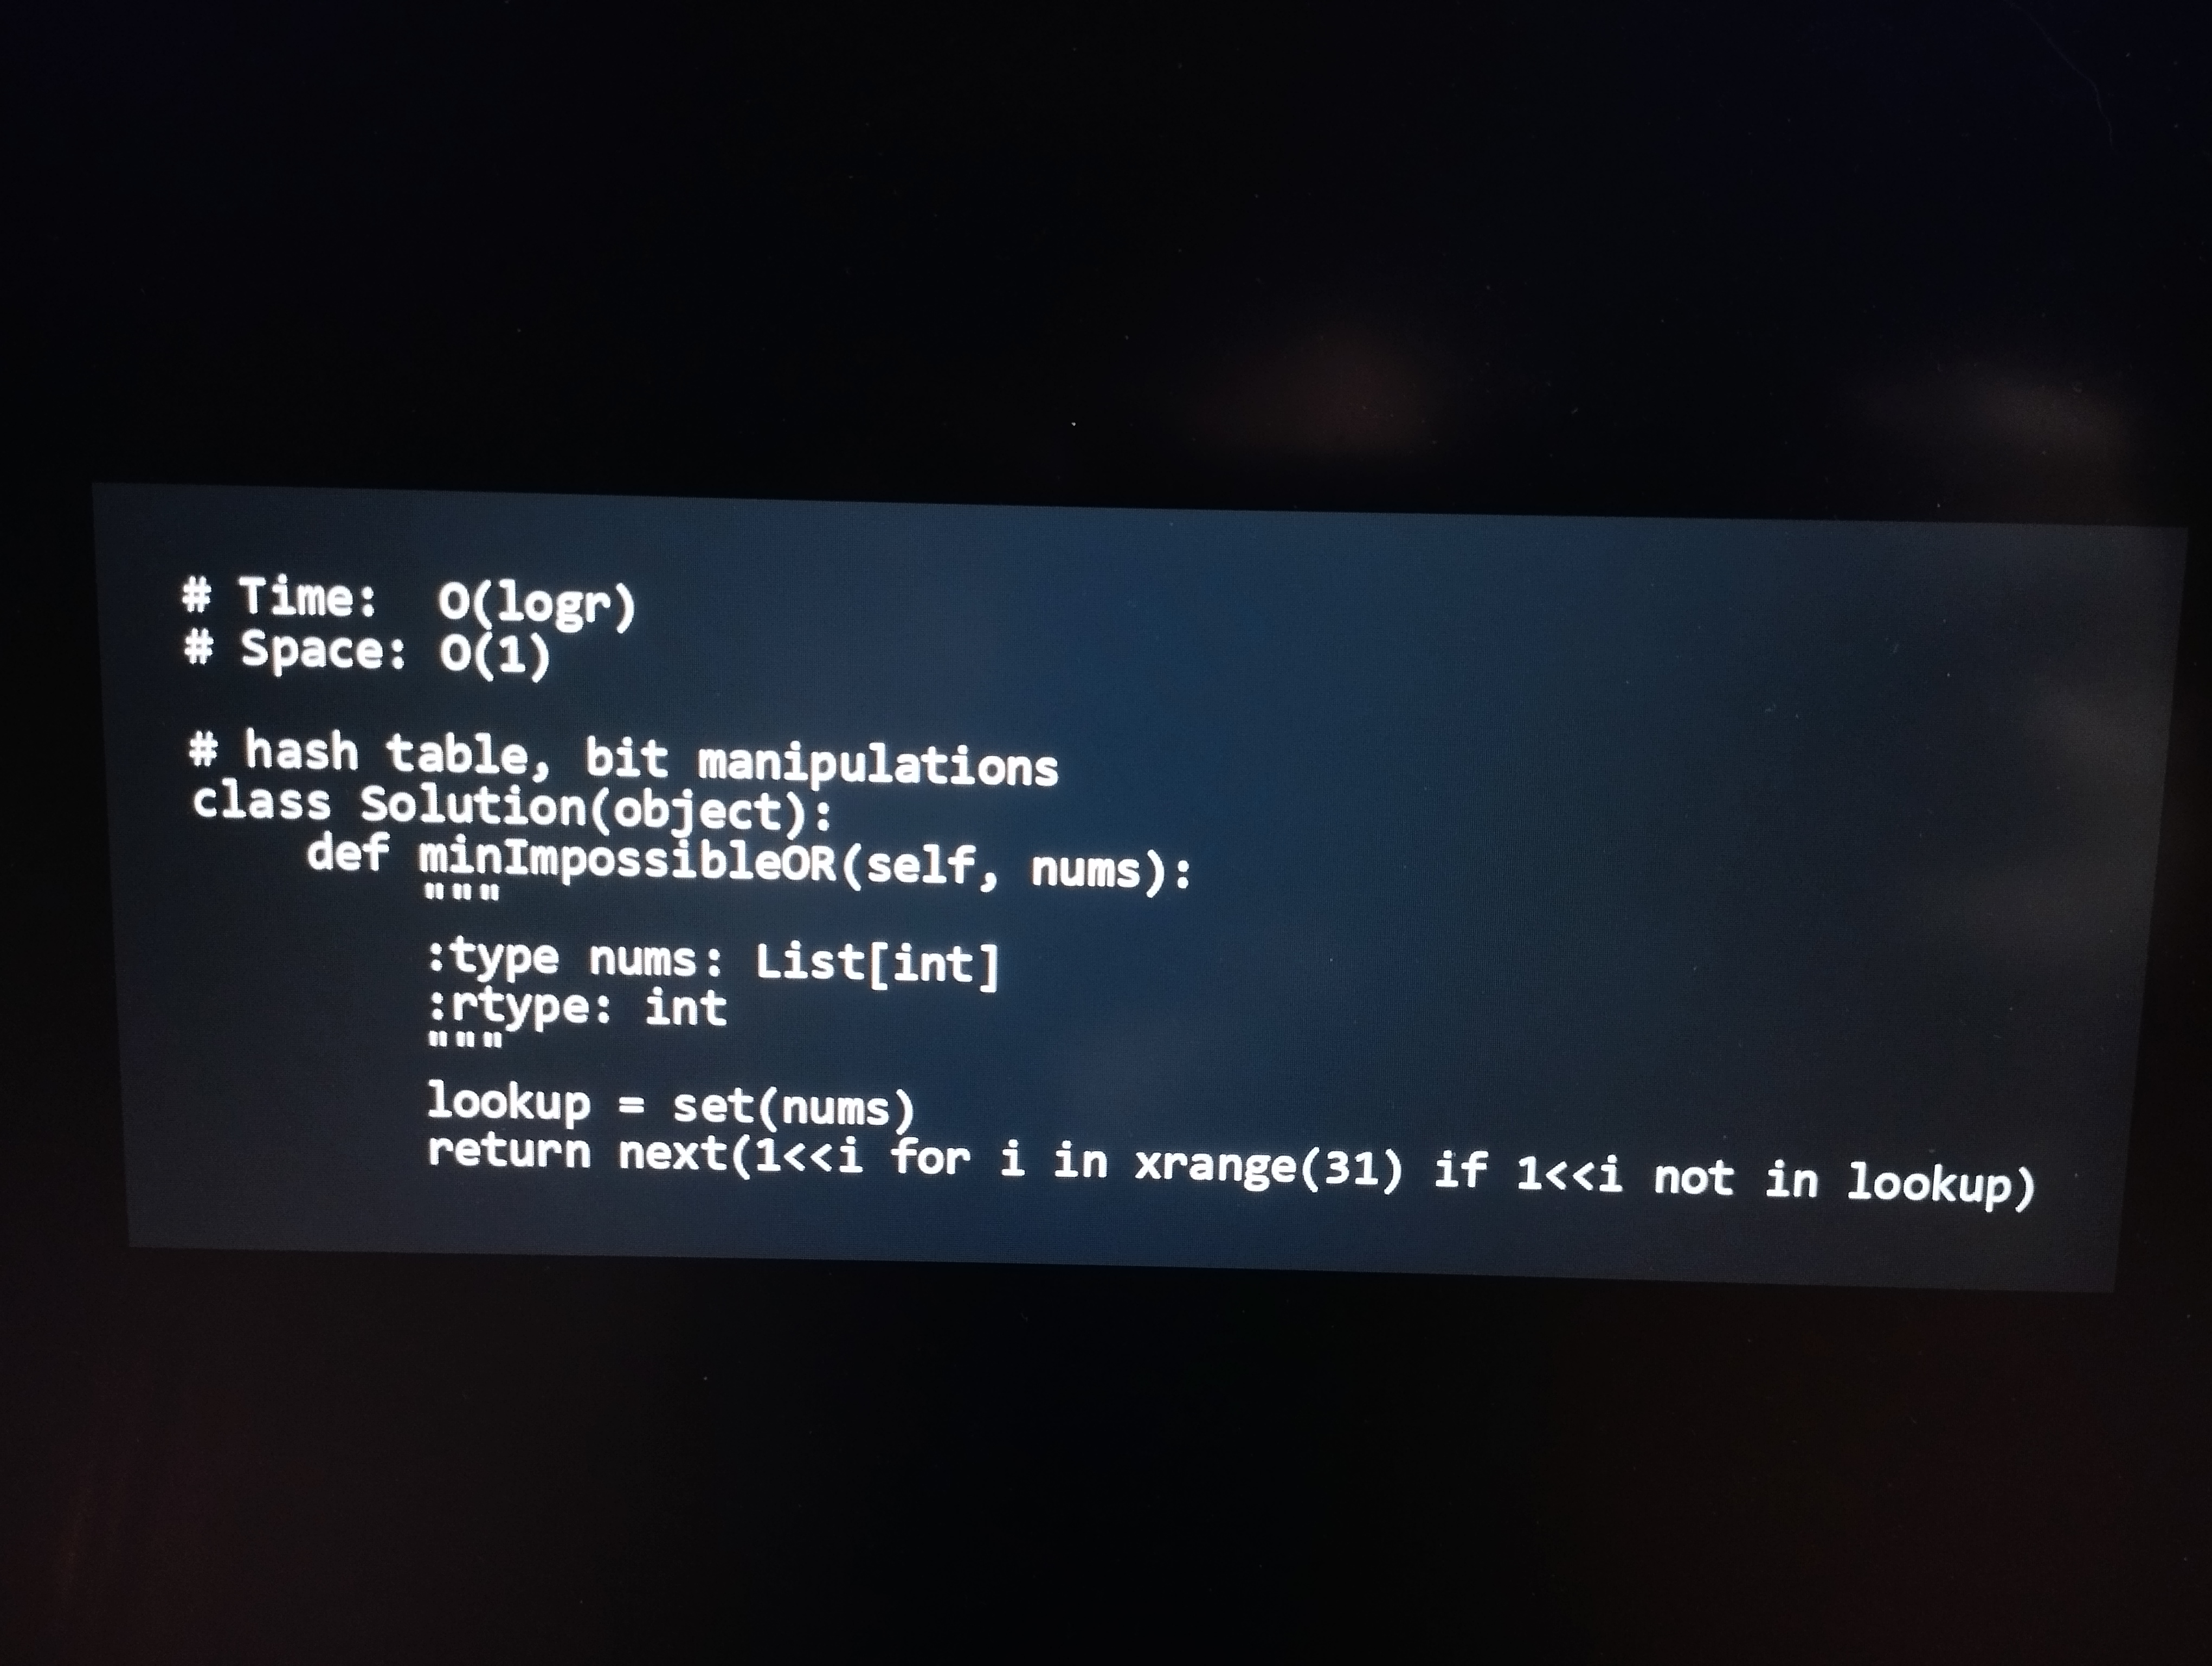
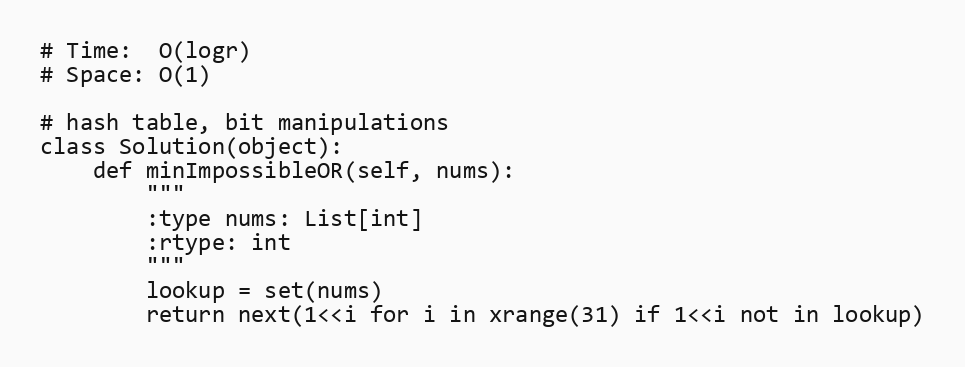
# Time:  O(logr)
# Space: O(1)

# hash table, bit manipulations
class Solution(object):
    def minImpossibleOR(self, nums):
        """
        :type nums: List[int]
        :rtype: int
        """
        lookup = set(nums)
        return next(1<<i for i in xrange(31) if 1<<i not in lookup)